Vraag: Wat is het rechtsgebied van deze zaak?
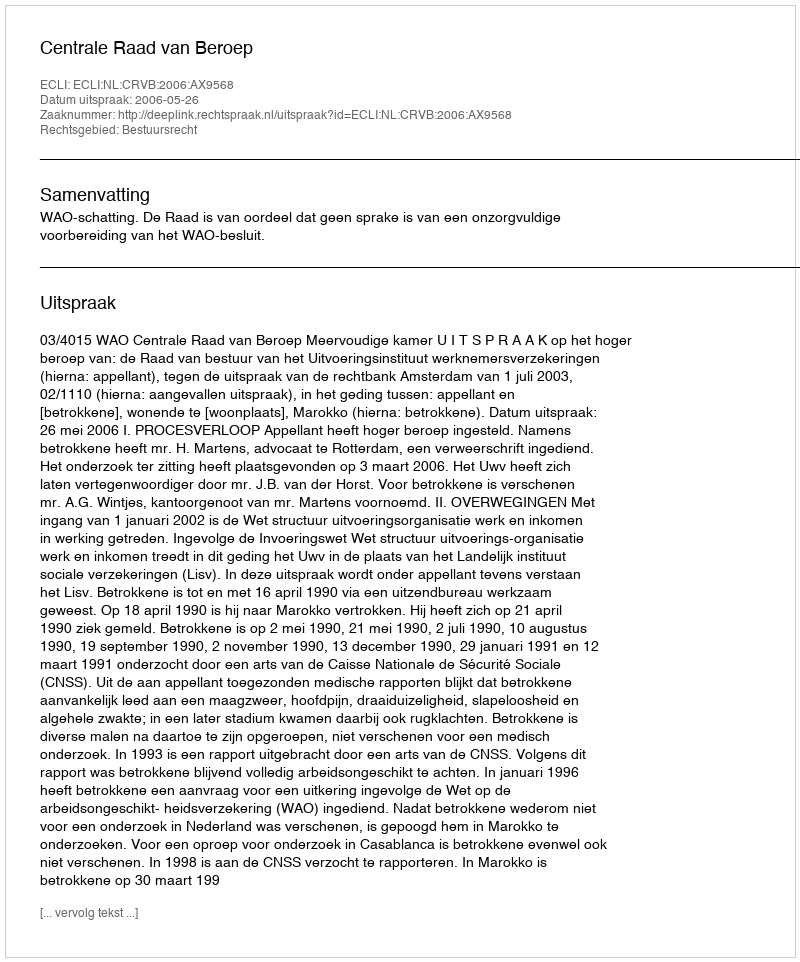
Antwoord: Bestuursrecht